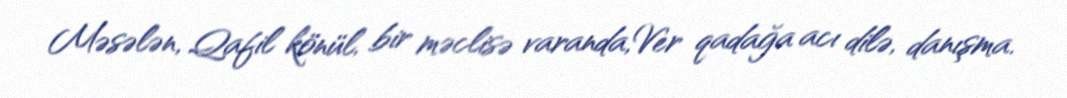
Məsələn, Qafil könül, bir məclisə varanda,Ver qadağa acı dilə, danışma.